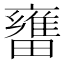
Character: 㽫